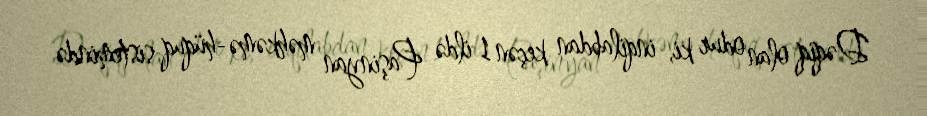
Dəqiq olan odur ki, inqilabdan keçən 1 ildə Paşinyan məhkəmə-hüquq sistemində